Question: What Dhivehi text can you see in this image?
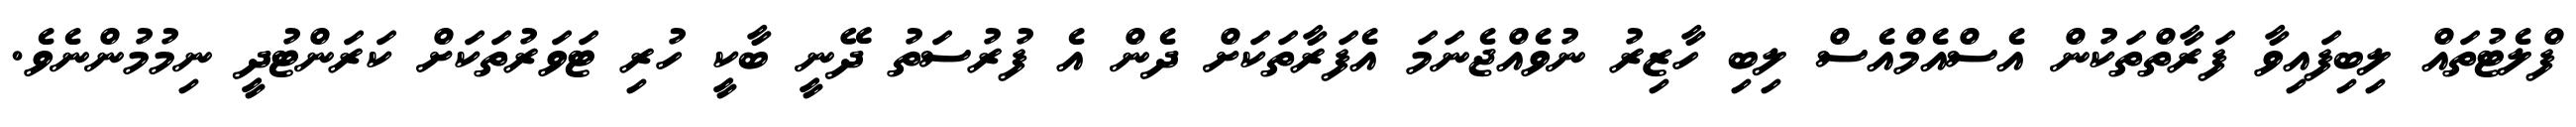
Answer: ފްލެޓުތައް ލިބިފައިވާ ފަރާތްތަކުން އެސްއެމްއެސް ލިބި ހާޒިރު ނުވެއްޖެނަމަ އެފަރާތަކަށް ދެން އެ ފުރުސަތު ދޭނީ ބާކީ ހުރި ޓަވަރުތަކަށް ކަރަންޓުދީ ނިމުމުންނެވެ.